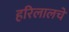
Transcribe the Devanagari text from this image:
हरिलालचे